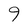
Character: 9